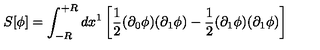
S [ \phi ] = \int _ { - R } ^ { + R } d x ^ { 1 } \left[ \frac { 1 } { 2 } ( \partial _ { 0 } \phi ) ( \partial _ { 1 } \phi ) - \frac { 1 } { 2 } ( \partial _ { 1 } \phi ) ( \partial _ { 1 } \phi ) \right]